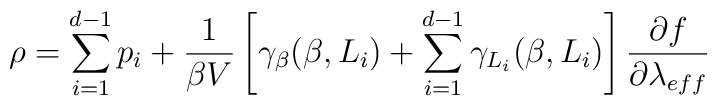
\rho=\sum_{i=1}^{d-1}p_{i}+\frac{1}{\beta V}\left[  \gamma_{\beta}(\beta,L_{i})+ \sum_{i=1}^{d-1}\gamma_{L_{i}}  (\beta,L_{i}) \right]\frac{\partial f}{\partial \lambda_{eff}}